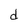
Character: d